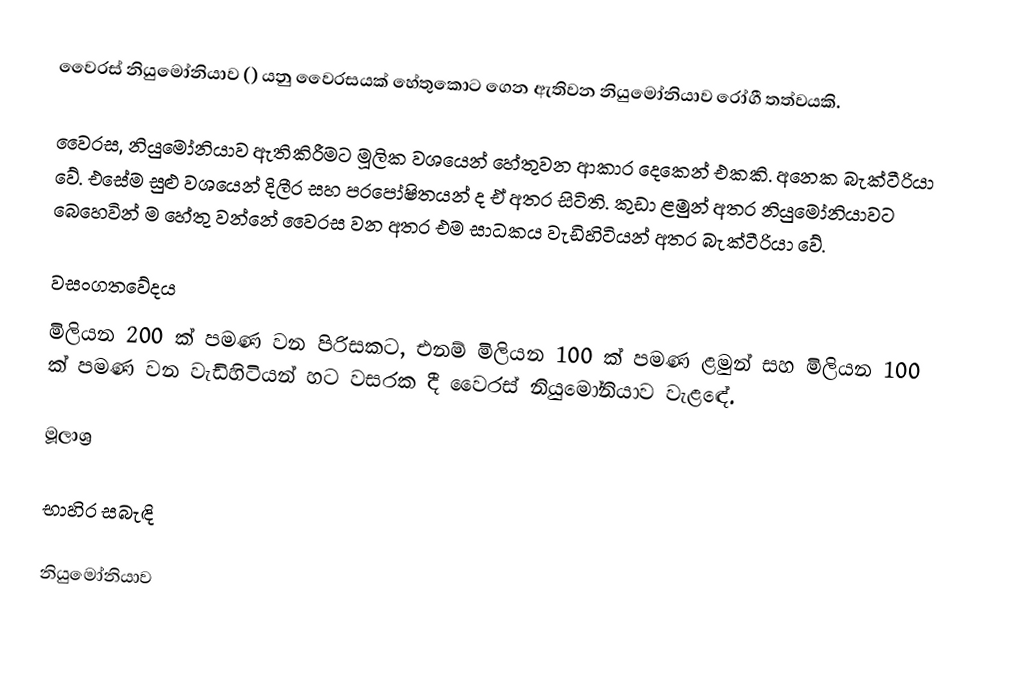
වෛරස් නියුමෝනියාව () යනු වෛරසයක් හේතුකොට ගෙන ඇතිවන නියුමෝනියාව රෝගී තත්වයකි.

වෛරස, නියුමෝනියාව ඇතිකිරීමට මූලික වශයෙන් හේතුවන ආකාර දෙකෙන් එකකි. අනෙක බැක්ටීරියා වේ. එසේම සුළු වශයෙන් දිලීර සහ පරපෝෂිතයන් ද ඒ අතර සිටිති. කුඩා ළමුන් අතර නියුමෝනියාවට බෙහෙවින් ම හේතු වන්නේ වෛරස වන අතර එම සාධකය වැඩිහිටියන් අතර බැක්ටීරියා වේ.

වසංගතවේදය
මිලියන 200 ක්  පමණ වන පිරිසකට, එනම් මිලියන 100 ක් පමණ ළමුන් සහ මිලියන 100 ක් පමණ වන වැඩිහිටියන් හට වසරක දී වෛරස් නියුමෝනියාව වැළඳේ.

මූලාශ්‍ර

භාහිර සබැඳි

නියුමෝනියාව